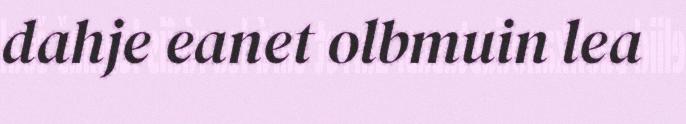
dahje eanet olbmuin lea